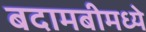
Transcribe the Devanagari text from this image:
बदामबीमध्ये